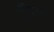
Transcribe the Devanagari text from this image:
ढूँढाड़